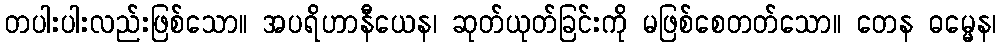
တပါးပါးလည်းဖြစ်သော။ အပရိဟာနီယေန၊ ဆုတ်ယုတ်ခြင်းကို မဖြစ်စေတတ်သော။ တေန ဓမ္မေန၊